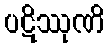
ပဋိဿုဏိ